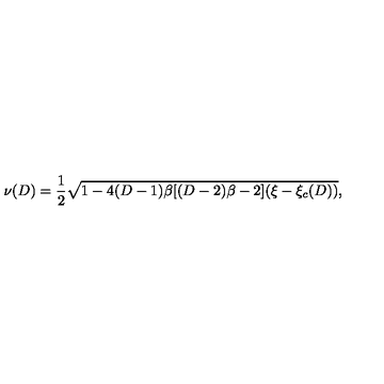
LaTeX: \nu ( D ) = { \frac { 1 } { 2 } } \sqrt { 1 - 4 ( D - 1 ) \beta [ ( D - 2 ) \beta - 2 ] ( \xi - \xi _ { c } ( D ) ) } ,